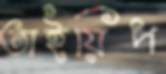
তাইয়িপ